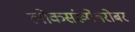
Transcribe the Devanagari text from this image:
लोकसंख्येबरोबर